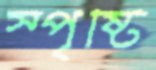
স্পৃষ্টি